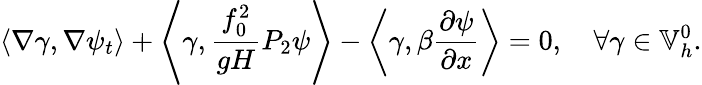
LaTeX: \left\langle\nabla\gamma,\nabla\psi_{t}\right\rangle+\left\langle\gamma,\frac{f_{0}^{2}}{gH}P_{2}\psi\right\rangle-\left\langle\gamma,\beta\frac{\partial\psi}{\partial x}\right\rangle=0,\quad\forall\gamma\in\mathbb{V}_{h}^{0}.